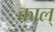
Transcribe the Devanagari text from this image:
काल्